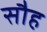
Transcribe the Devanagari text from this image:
सौह